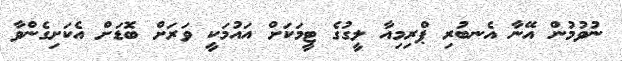
ނުވުމުން އޭނާ އެނބުރި ޕްރިމިއާ ލީގުގެ ޓީމަކަށް އައުމަކީ ވަރަށް ބޮޑަށް އެކަށިގެންވާ